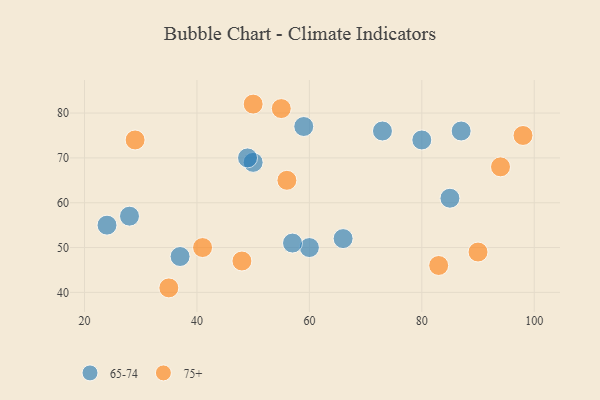
{"axis": {"x": "GDP", "y": "Life Expectancy"}, "legend": ["65-74", "75+"], "data": [{"x": "73", "y": 76, "type": "65-74"}, {"x": "66", "y": 52, "type": "65-74"}, {"x": "60", "y": 50, "type": "65-74"}, {"x": "85", "y": 61, "type": "65-74"}, {"x": "50", "y": 69, "type": "65-74"}, {"x": "37", "y": 48, "type": "65-74"}, {"x": "80", "y": 74, "type": "65-74"}, {"x": "59", "y": 77, "type": "65-74"}, {"x": "49", "y": 70, "type": "65-74"}, {"x": "87", "y": 76, "type": "65-74"}, {"x": "24", "y": 55, "type": "65-74"}, {"x": "28", "y": 57, "type": "65-74"}, {"x": "57", "y": 51, "type": "65-74"}, {"x": "90", "y": 49, "type": "75+"}, {"x": "29", "y": 74, "type": "75+"}, {"x": "41", "y": 50, "type": "75+"}, {"x": "56", "y": 65, "type": "75+"}, {"x": "98", "y": 75, "type": "75+"}, {"x": "94", "y": 68, "type": "75+"}, {"x": "50", "y": 82, "type": "75+"}, {"x": "55", "y": 81, "type": "75+"}, {"x": "35", "y": 41, "type": "75+"}, {"x": "48", "y": 47, "type": "75+"}, {"x": "83", "y": 46, "type": "75+"}]}